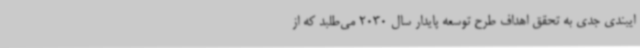
ایبندی جدی به تحقق اهداف طرح توسعه پایدار سال 2030 می‌طلبد که از